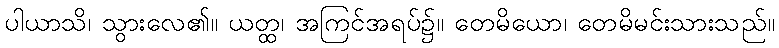
ပါယာသိ၊ သွားလေ၏။ ယတ္ထ၊ အကြင်အရပ်၌။ တေမိယော၊ တေမိမင်းသားသည်။